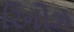
રિનોઝ